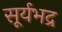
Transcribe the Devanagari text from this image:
सूर्यभद्र